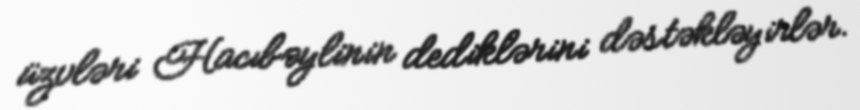
üzvləri Hacıbəylinin dediklərini dəstəkləyirlər.